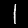
Digit: 1